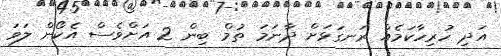
އަދި ހުރިހާކަމެއް ރަނގަޅަށް ދާނަމަ ތުމް ބިން 2 އަށްވެސް އެކޯން ލަވަ